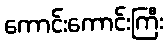
ကောင်းကောင်းကြီး